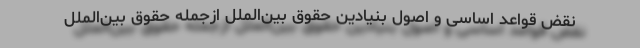
نقض قواعد اساسی و اصول بنیادین حقوق بین‌الملل ازجمله حقوق بین‌الملل